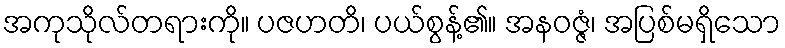
အကုသိုလ်တရားကို။ ပဇဟတိ၊ ပယ်စွန့်၏။ အနဝဇ္ဇံ၊ အပြစ်မရှိသော